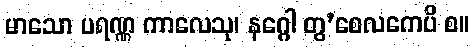
မာသော ပရဏ္ဏ ကာလေသု၊ နဂ္ဂေါ တွ’စေလကေပိ စ။